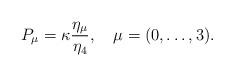
LaTeX: \begin{align*} P_\mu = \kappa\frac{\eta_\mu}{\eta_4}, \quad \mu = (0, \ldots, 3).\end{align*}